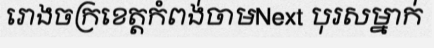
រោងចក្រខេត្តកំពង់ចាមNext បុរសម្នាក់